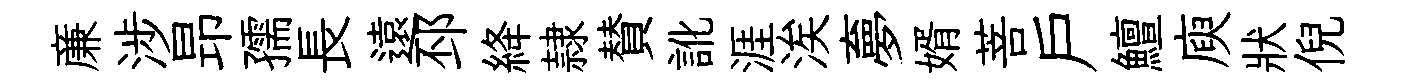
亷涉昻孺長遠邳絳隷賛訛涯涘夣婿菩戶鱣庾狀倪